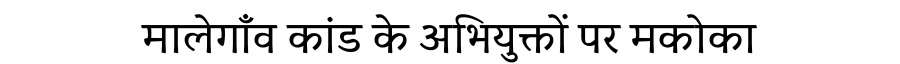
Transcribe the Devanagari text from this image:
मालेगाँव कांड के अभियुक्तों पर मकोका